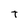
Character: t